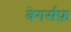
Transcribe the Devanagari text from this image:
बेगर्सफ़